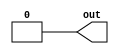
// See LICENSE for license details.
module LargeParam #(parameter DATA=0, WIDTH=1) (
  output [WIDTH-1:0] out
);
  assign out = DATA;
endmodule